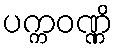
ပက္ကဝဏ္ဏိ